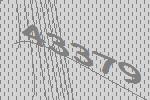
43379